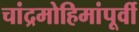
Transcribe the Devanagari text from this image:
चांद्रमोहिमांपूर्वी